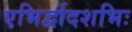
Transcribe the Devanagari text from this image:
एभिर्द्वादशभिः